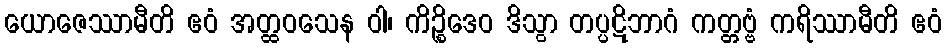
ယောဇေဿာမီတိ ဧဝံ အတ္ထဝသေန ဝါ၊ ကိဉ္စိဒေဝ ဒိသွာ တပ္ပဋိဘာဂံ ကတ္တဗ္ဗံ ကရိဿာမီတိ ဧဝံ